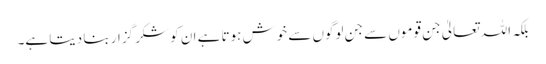
بلکہ اللہ تعالیٰ جن قوموں سے جن لوگوں سے خوش ہوتا ہے ان کو شکر گزار بنا دیتا ہے۔